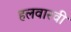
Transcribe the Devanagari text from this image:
हलवारवी